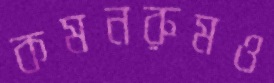
কমনরুমও